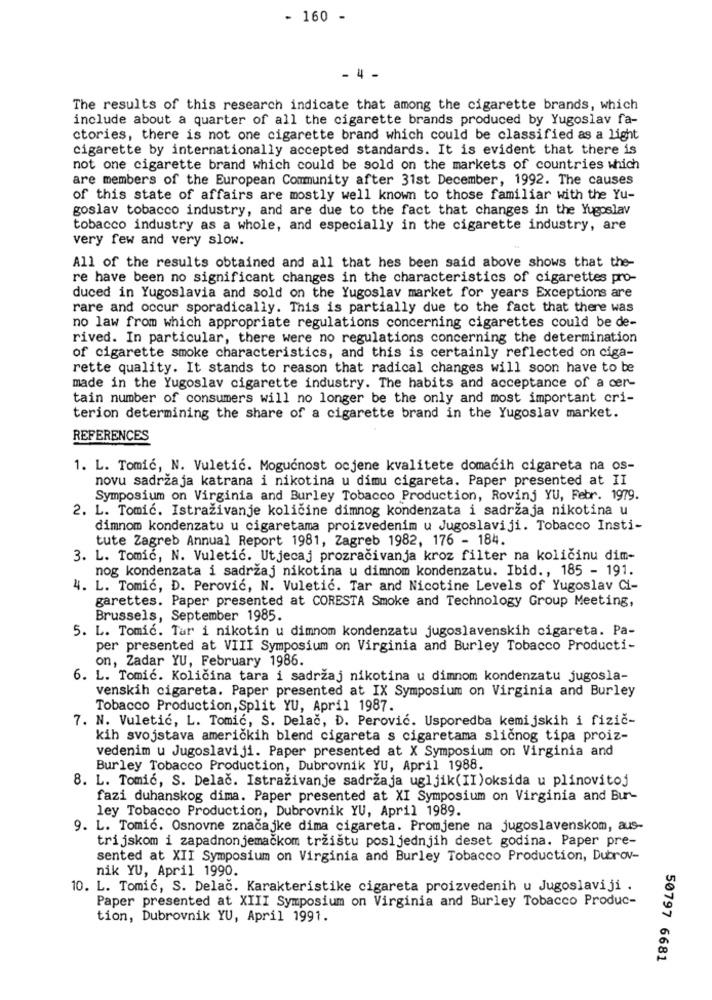
- 160 -
- 4 -
The results of this research indicate that among the cigarette brands, which
include about a quarter of all the cigarette brands produced by Yugoslav fa-
ctories, there is not one cigarette brand which could be classified as a light
cigarette by internationally accepted standards. It is evident that there is
not one cigarette brand which could be sold on the markets of countries which
are members of the European Community after 31st December, 1992. The causes
of this state of affairs are mostly well known to those familiar with the Yu-
goslav tobacco industry, and are due to the fact that changes in the Yugoslav
tobacco industry as a whole, and especially in the cigarette industry, are
very few and very slow.
All of the results obtained and all that hes been said above shows that the-
re have been no significant changes in the characteristics of cigarettes pro-
duced in Yugoslavia and sold on the Yugoslav market for years Exceptions are
rare and occur sporadically. This is partially due to the fact that there was
no law from which appropriate regulations concerning cigarettes could be de-
rived. In particular, there were no regulations concerning the determination
of cigarette smoke characteristics, and this is certainly reflected on ciga-
rette quality. It stands to reason that radical changes will soon have to be
made in the Yugoslav cigarette industry. The habits and acceptance of a cer-
tain number of consumers will no longer be the only and most important cri-
terion determining the share of a cigarette brand in the Yugoslav market.
REFERENCES
1. L. Tomić, N. Vuletić. Mogućnost ocjene kvalitete domaćih cigareta na os-
novu sadržaja katrana i nikotina u dimu cigareta. Paper presented at II
Symposium on Virginia and Burley Tobacco Production, Rovinj YU, Febr. 1979.
2. L. Tomić. Istražívanje količine dímnog kondenzata i sadržaja nikotina u
dimnom kondenzatu u cigaretama proizvedením u Jugoslaviji. Tobacco Insti-
tute Zagreb Annual Report 1981, Zagreb 1982, 176 - 184.
3. L. Tomić, N. Vuletić. Utjecaj prozračivanja kroz filter na količinu dim-
nog kondenzata i sadržaj nikotina u dimnom kondenzatu. Ibid ., 185 - 191.
4. L. Tomić, D. Perović, N. Vuletić. Tar and Nicotine Levels of Yugoslav Ci-
garettes. Paper presented at CORESTA Smoke and Technology Group Meeting,
Brussels, September 1985.
5. L. Tomić. Tar i nikotin u dimnom kondenzatu jugoslavenskih cigareta. Pa-
per presented at VIII Symposium on Virginia and Burley Tobacco Producti-
on, Zadar YU, February 1986.
6. L. Tomić. Količína tara i sadržaj níkotina u dimnom kondenzatu jugosla-
venskih cigareta. Paper presented at IX Symposium on Virginia and Burley
Tobacco Production, Split YU, April 1987.
7. N. Vuletić, L. Tomić, S. Delač, D. Perović. Usporedba kemijskih i fizič-
kih svojstava američkih blend cigareta s cigaretama sličnog tipa proiz-
vedenim u Jugoslaviji. Paper presented at X Symposium on Virginia and
Burley Tobacco Production, Dubrovnik YU, April 1988.
8. L. Tomić, S. Delač. Istraživanje sadržaja ugljik(II)oksida u plínovitoj
fazi duhanskog dima. Paper presented at XI Symposium on Virginia and Bur-
ley Tobacco Production, Dubrovnik YU, April 1989.
9. L. Tomić. Osnovne značajke dima cigareta. Promjene na jugoslavenskom, aus-
trijskom i zapadnonjemačkom tržištu posljednjih deset godina. Paper pre-
sented at XII Symposium on Virginia and Burley Tobacco Production, Dubrov-
nik YU, April 1990.
10. L. Tomić, S. Delač. Karakteristike cigareta proizvedenih u Jugoslaviji .
Paper presented at XIII Symposium on Virginia and Burley Tobacco Produc-
tion, Dubrovnik YU, April 1991.
50797 6681